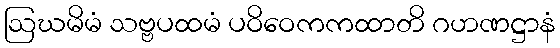
ဩဃမိမံ သဗ္ဗပထမံ ပဝိဝေကကထာတိ ဂဟဏဋ္ဌာနံ